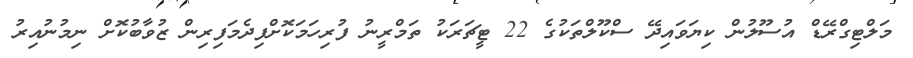
މަލްޓިގްރޭޑް އުސޫލުން ކިޔަވައިދޭ ސްކޫލްތަކުގެ 22 ޓީޗަރަކު ތަމްރީނު ފުރިހަމަކޮށްފިދެމަފިރިން ޒުވާބުކޮށް ނިމުނުއިރު